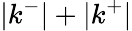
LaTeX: |k^{-}|+|k^{+}|